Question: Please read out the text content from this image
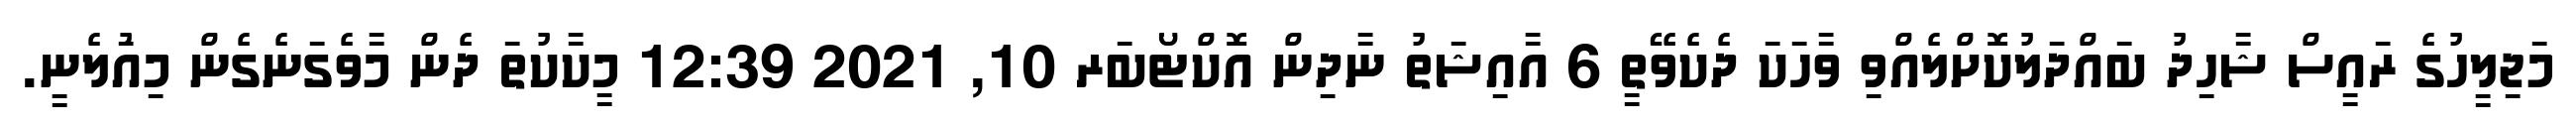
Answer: މަޖިލީހުގެ ރައީސް ޝާހިދު ބައްދަލުކޮށްލެއްވި ވާހަކަ ދެކެވޭތީ 6 އާއިޝަތު ނާދިން އޮކްޓޯބަރ 10, 2021 12:39 މީކާކުތަ ދެން މާވެގަނެގެން މިއުަލެނީ.